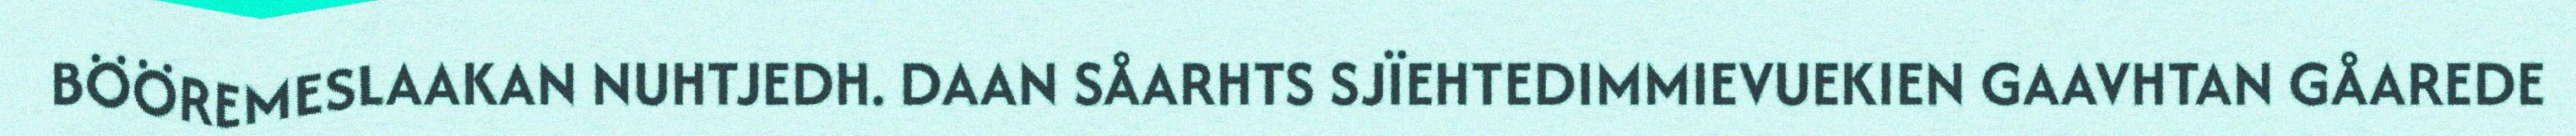
BÖÖREMESLAAKAN NUHTJEDH. DAAN SÅARHTS SJÏEHTEDIMMIEVUEKIEN GAAVHTAN GÅAREDE